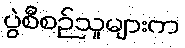
ပွဲစီစဉ်သူများက